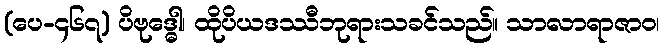
(ပေ-၄၆၇) ပိဗုဒ္ဓေါ၊ ထိုပိယဒဿီဘုရားသခင်သည်။ သာလာရာဇာဝ၊